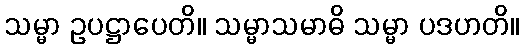
သမ္မာ ဥပဋ္ဌာပေတိ။ သမ္မာသမာဓိ သမ္မာ ပဒဟတိ။